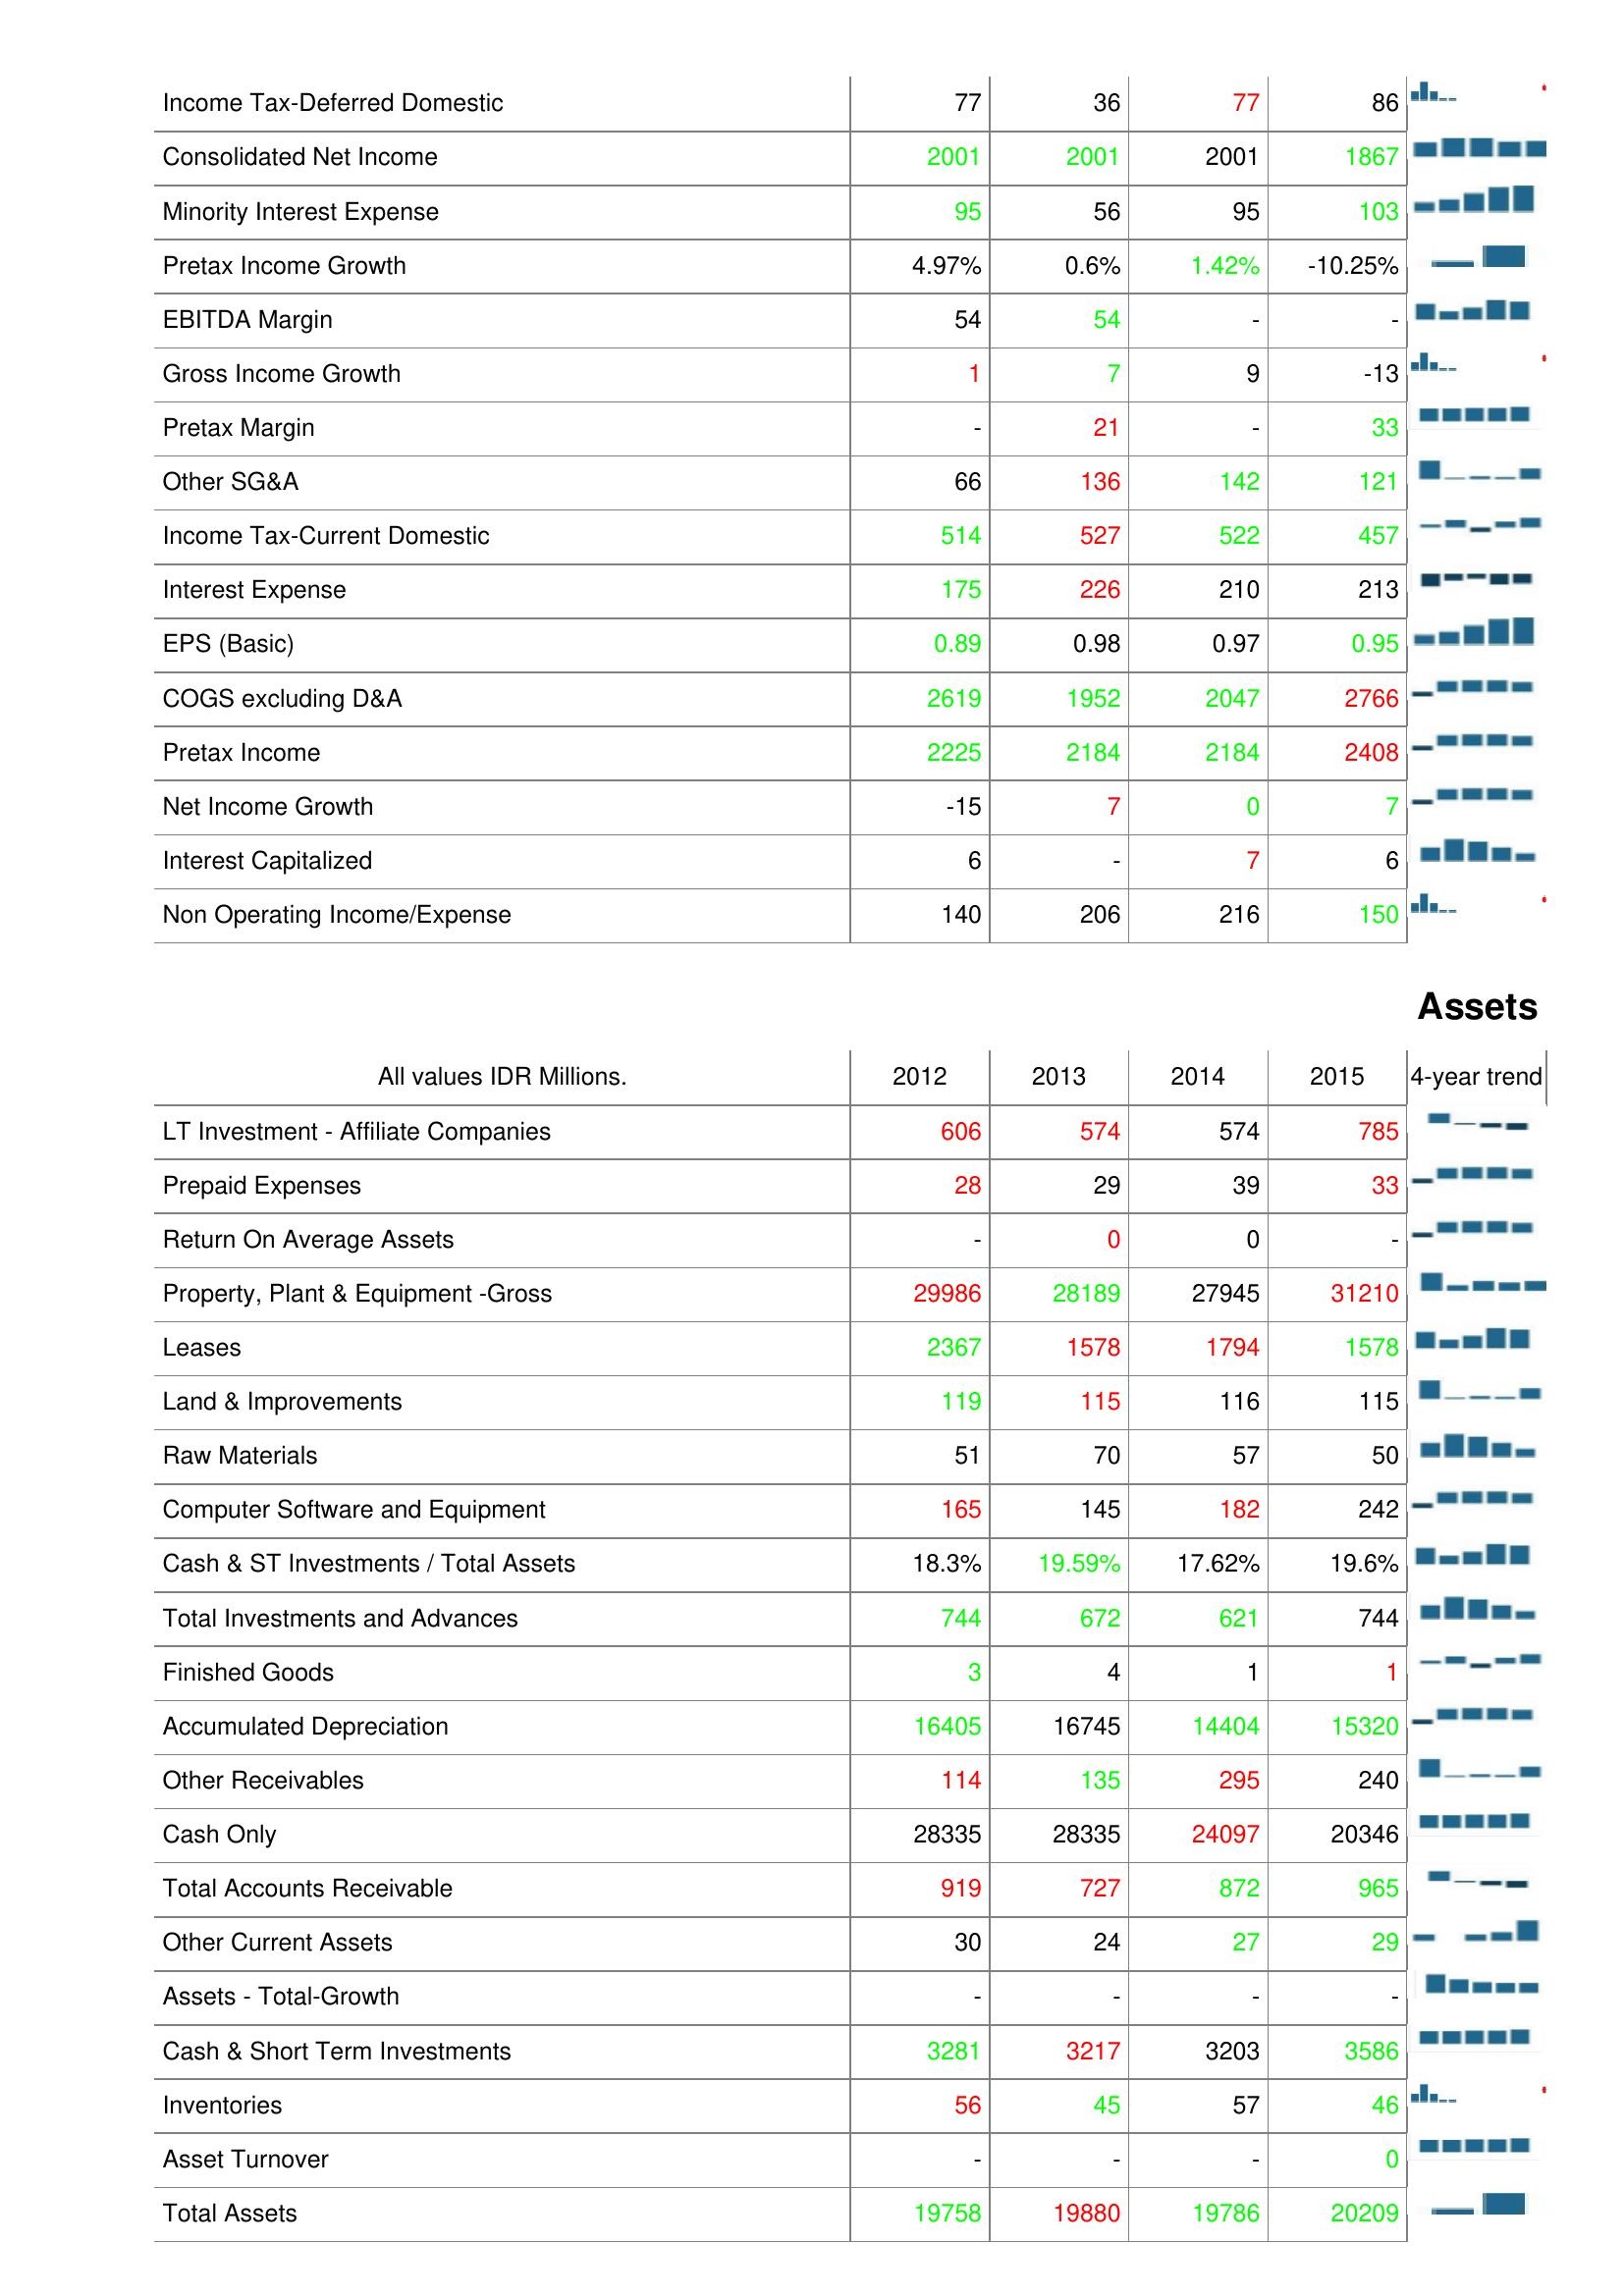
2012: : Income Tax-Deferred Domestic: 77
Consolidated Net Income: 2001
Minority Interest Expense: 95
Pretax Income Growth: 4.97%
EBITDA Margin: 54
Gross Income Growth: 1
Pretax Margin: -
Other SG&A: 66
Income Tax-Current Domestic: 514
Interest Expense: 175
EPS (Basic): 0.89
COGS excluding D&A: 2619
Pretax Income: 2225
Net Income Growth: -15
Interest Capitalized: 6
Non Operating Income/Expense: 140
Assets: LT Investment - Affiliate Companies: 606
Prepaid Expenses: 28
Return On Average Assets: -
Property, Plant & Equipment -Gross: 29986
Leases: 2367
Land & Improvements: 119
Raw Materials: 51
Computer Software and Equipment: 165
Cash & ST Investments / Total Assets: 18.3%
Total Investments and Advances: 744
Finished Goods: 3
Accumulated Depreciation: 16405
Other Receivables: 114
Cash Only: 28335
Total Accounts Receivable: 919
Other Current Assets: 30
Assets - Total-Growth: -
Cash & Short Term Investments: 3281
Inventories: 56
Asset Turnover: -
Total Assets: 19758
2013: : Income Tax-Deferred Domestic: 36
Consolidated Net Income: 2001
Minority Interest Expense: 56
Pretax Income Growth: 0.6%
EBITDA Margin: 54
Gross Income Growth: 7
Pretax Margin: 21
Other SG&A: 136
Income Tax-Current Domestic: 527
Interest Expense: 226
EPS (Basic): 0.98
COGS excluding D&A: 1952
Pretax Income: 2184
Net Income Growth: 7
Interest Capitalized: -
Non Operating Income/Expense: 206
Assets: LT Investment - Affiliate Companies: 574
Prepaid Expenses: 29
Return On Average Assets: 0
Property, Plant & Equipment -Gross: 28189
Leases: 1578
Land & Improvements: 115
Raw Materials: 70
Computer Software and Equipment: 145
Cash & ST Investments / Total Assets: 19.59%
Total Investments and Advances: 672
Finished Goods: 4
Accumulated Depreciation: 16745
Other Receivables: 135
Cash Only: 28335
Total Accounts Receivable: 727
Other Current Assets: 24
Assets - Total-Growth: -
Cash & Short Term Investments: 3217
Inventories: 45
Asset Turnover: -
Total Assets: 19880
2014: : Income Tax-Deferred Domestic: 77
Consolidated Net Income: 2001
Minority Interest Expense: 95
Pretax Income Growth: 1.42%
EBITDA Margin: -
Gross Income Growth: 9
Pretax Margin: -
Other SG&A: 142
Income Tax-Current Domestic: 522
Interest Expense: 210
EPS (Basic): 0.97
COGS excluding D&A: 2047
Pretax Income: 2184
Net Income Growth: 0
Interest Capitalized: 7
Non Operating Income/Expense: 216
Assets: LT Investment - Affiliate Companies: 574
Prepaid Expenses: 39
Return On Average Assets: 0
Property, Plant & Equipment -Gross: 27945
Leases: 1794
Land & Improvements: 116
Raw Materials: 57
Computer Software and Equipment: 182
Cash & ST Investments / Total Assets: 17.62%
Total Investments and Advances: 621
Finished Goods: 1
Accumulated Depreciation: 14404
Other Receivables: 295
Cash Only: 24097
Total Accounts Receivable: 872
Other Current Assets: 27
Assets - Total-Growth: -
Cash & Short Term Investments: 3203
Inventories: 57
Asset Turnover: -
Total Assets: 19786
2015: : Income Tax-Deferred Domestic: 86
Consolidated Net Income: 1867
Minority Interest Expense: 103
Pretax Income Growth: -10.25%
EBITDA Margin: -
Gross Income Growth: -13
Pretax Margin: 33
Other SG&A: 121
Income Tax-Current Domestic: 457
Interest Expense: 213
EPS (Basic): 0.95
COGS excluding D&A: 2766
Pretax Income: 2408
Net Income Growth: 7
Interest Capitalized: 6
Non Operating Income/Expense: 150
Assets: LT Investment - Affiliate Companies: 785
Prepaid Expenses: 33
Return On Average Assets: -
Property, Plant & Equipment -Gross: 31210
Leases: 1578
Land & Improvements: 115
Raw Materials: 50
Computer Software and Equipment: 242
Cash & ST Investments / Total Assets: 19.6%
Total Investments and Advances: 744
Finished Goods: 1
Accumulated Depreciation: 15320
Other Receivables: 240
Cash Only: 20346
Total Accounts Receivable: 965
Other Current Assets: 29
Assets - Total-Growth: -
Cash & Short Term Investments: 3586
Inventories: 46
Asset Turnover: 0
Total Assets: 20209